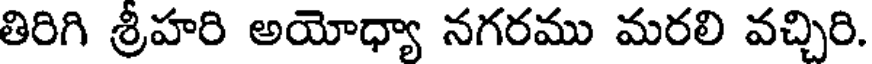
తిరిగి శ్రీహరి అయోధ్యా నగరము మరలి వచ్చిరి.